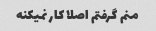
منم گرفتم اصلا کار نمیکنه